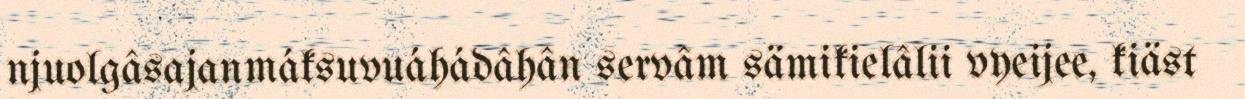
njuolgâsajanmáksuvuáhádâhân servâm sämikielâlii vyeijee, kiäst